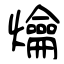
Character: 爚